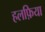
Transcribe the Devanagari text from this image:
हलफ़िया